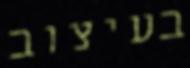
בעיצוב